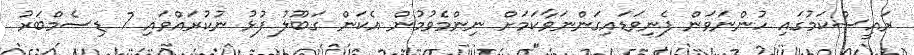
ރައީސްކަމުގައި ހުންނަވަން ފެނިވަޑައިގަންނަވާކަމަށް ނިންމެވުމުން އެކަން ގަބޫލު ފުޅު ނުކުރައްވައި 7 ޑިސެމްބަރު